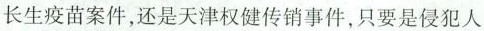
长生疫苗案件，还是天津权健传销事件，只要是侵犯人